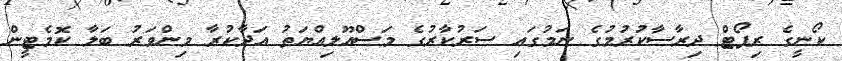
ކޯނީގެ ރިޕޯޓް ދިރާސާކުރުމުގެ ނަމުގައި ސަރުކާރުގެ މަސްއޫލިއްޔަތު އަދާކުރާ މިންވަރު ބަލާ ކޮމެޓީން